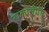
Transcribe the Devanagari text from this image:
राजानीति